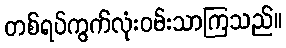
တစ်ရပ်ကွက်လုံးဝမ်းသာကြသည်။